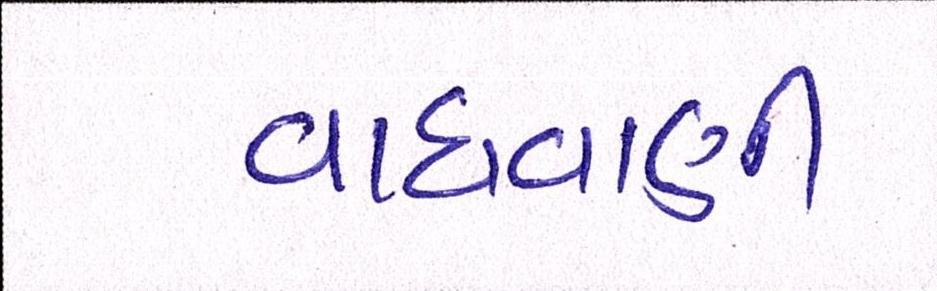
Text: વાધવાણી